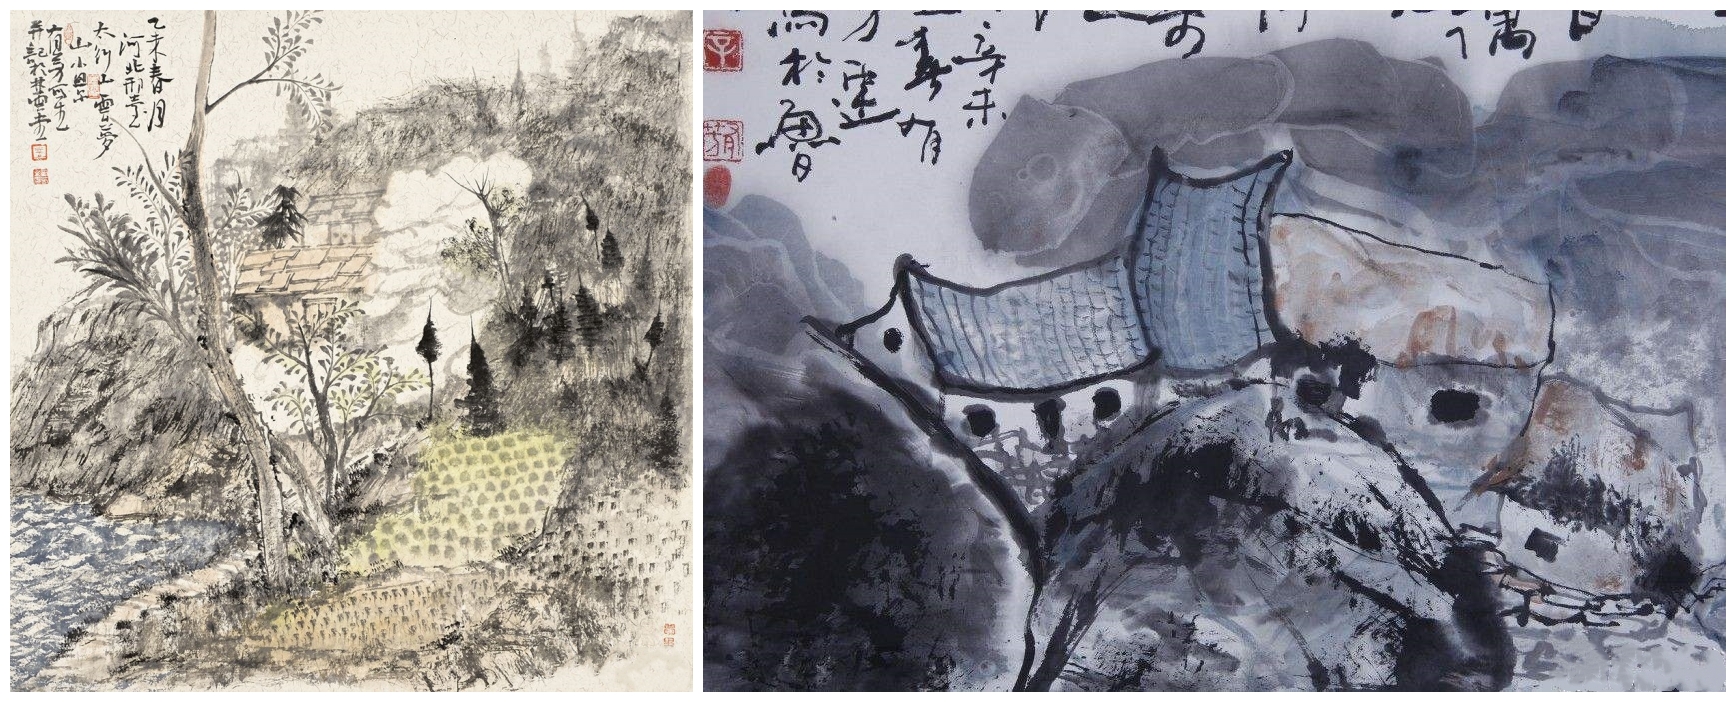
高山仰止，景行行止。